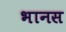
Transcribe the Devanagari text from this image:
भानस